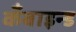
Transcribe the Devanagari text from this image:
कँबाइन्ड